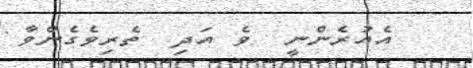
އެއުރެންނީ  ވެ އަދި  ތެރިވެގެންވާ